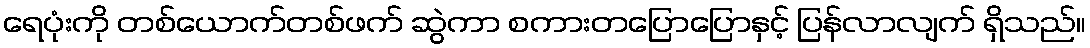
ရေပုံးကို တစ်ယောက်တစ်ဖက် ဆွဲကာ စကားတပြောပြောနှင့် ပြန်လာလျက် ရှိသည်။